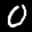
Label: 0